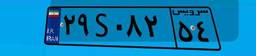
۲۸S۲۹۷۷۳